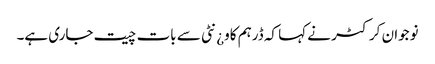
نوجوان کرکٹر نے کہا کہ ڈرہم کاو¿نٹی سے بات چیت جاری ہے۔